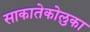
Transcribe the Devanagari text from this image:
साकातेकोलुका